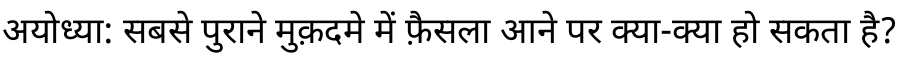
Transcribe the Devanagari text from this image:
अयोध्या: सबसे पुराने मुक़दमे में फ़ैसला आने पर क्या-क्या हो सकता है?